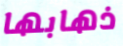
ذهابها